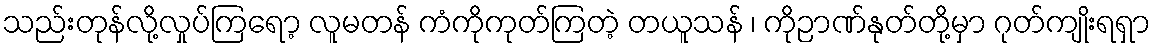
သည်းတုန်လို့လှုပ်ကြရော့ လူမတန် ကံကိုကုတ်ကြတဲ့ တယူသန် ၊ ကိုဉာဏ်နုတ်တို့မှာ ဂုတ်ကျိုးရရှာ